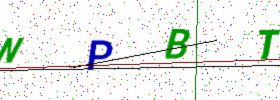
Text: NPBT